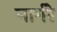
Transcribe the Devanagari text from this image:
मार्गरे